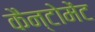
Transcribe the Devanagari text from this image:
कैन्‍टोमेंट